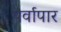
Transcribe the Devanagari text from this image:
पर्वापार